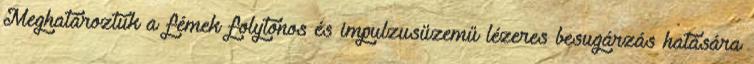
Meghatároztuk a fémek folytonos és impulzusüzemű lézeres besugárzás hatására